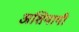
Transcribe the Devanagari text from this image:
अशियायी